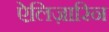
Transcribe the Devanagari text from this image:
ऐलिज़ारिन